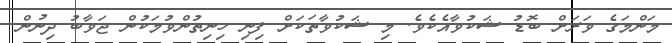
މަންމަގެ ވަރަށް ބޮޑު ޝަކުވާއެކެވެ. މި ޝަކުވާތަކަށް ފިނި ހިނިތުންވުމަކުން ޖަވާބު ދިނުން